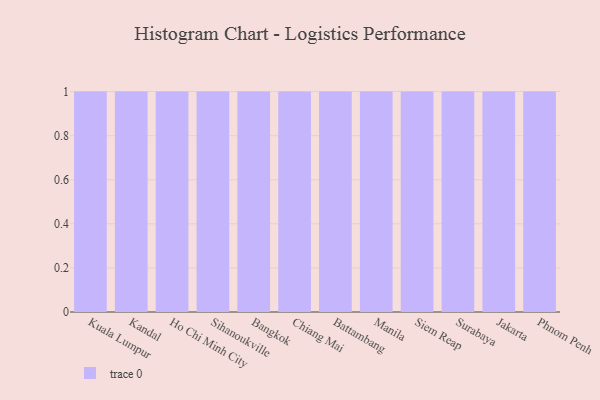
{"axis": {"x": "City", "y": "Temperature (°C)"}, "legend": [""], "data": [{"x": "Kuala Lumpur", "y": 48, "type": ""}, {"x": "Kandal", "y": 91, "type": ""}, {"x": "Ho Chi Minh City", "y": 55, "type": ""}, {"x": "Sihanoukville", "y": 48, "type": ""}, {"x": "Bangkok", "y": 64, "type": ""}, {"x": "Chiang Mai", "y": 71, "type": ""}, {"x": "Battambang", "y": 54, "type": ""}, {"x": "Manila", "y": 15, "type": ""}, {"x": "Siem Reap", "y": 85, "type": ""}, {"x": "Surabaya", "y": 2, "type": ""}, {"x": "Jakarta", "y": 59, "type": ""}, {"x": "Phnom Penh", "y": 37, "type": ""}]}